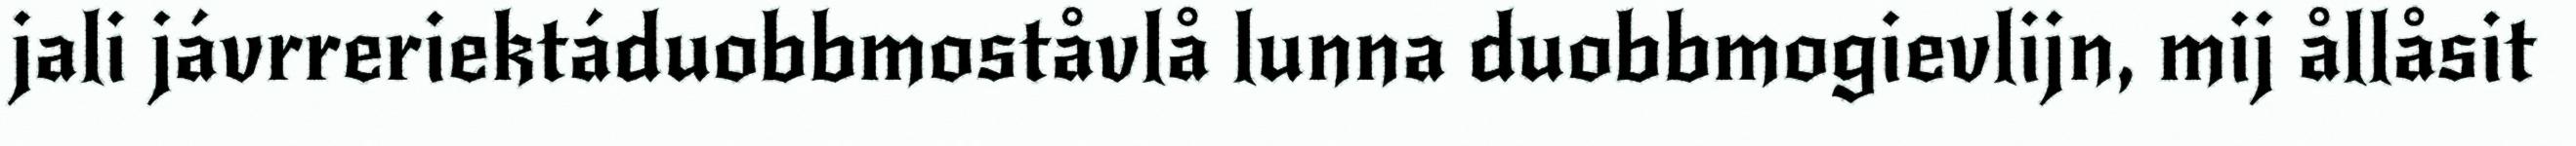
jali jávrreriektáduobbmoståvlå lunna duobbmogievlijn, mij ållåsit